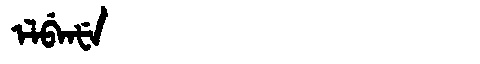
Manchu: ᡝᠯᠪᡝᠨᡶᡝ
Romanization: ELBENFE